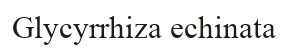
Glycyrrhіza echіnata